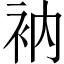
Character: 衲